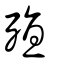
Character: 殖